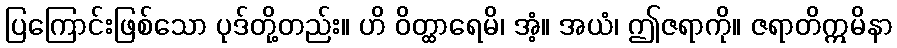
ပြကြောင်းဖြစ်သော ပုဒ်တို့တည်း။ ဟိ ဝိတ္ထာရေမိ၊ အံ့။ အယံ၊ ဤဇရာကို။ ဇရာတိဣမိနာ